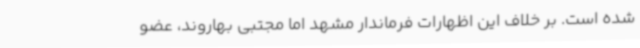
شده است. بر خلاف این اظهارات فرماندار مشهد اما مجتبی بهاروند، عضو